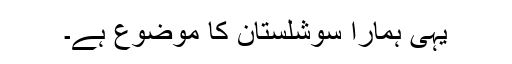
یہی ہمارا سوشلستان کا موضوع ہے۔